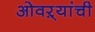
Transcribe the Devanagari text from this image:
ओवऱ्यांची